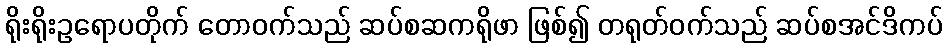
ရိုးရိုးဥရောပတိုက် တောဝက်သည် ဆပ်စဆကရိုဖာ ဖြစ်၍ တရုတ်ဝက်သည် ဆပ်စအင်ဒိကပ်